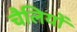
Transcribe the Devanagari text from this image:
चैलियों